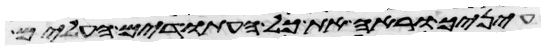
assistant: עיניך וראה את כל העתודים העלים